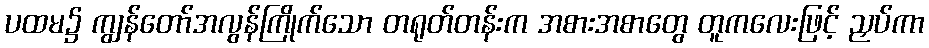
ပထမ၌ ကျွန်တော်အလွန်ကြိုက်သော တရုတ်တန်းက အစားအစာတွေ တူကလေးဖြင့် ညှပ်ကာ